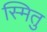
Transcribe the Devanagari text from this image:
स्मितु